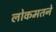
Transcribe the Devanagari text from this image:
लोकमतने